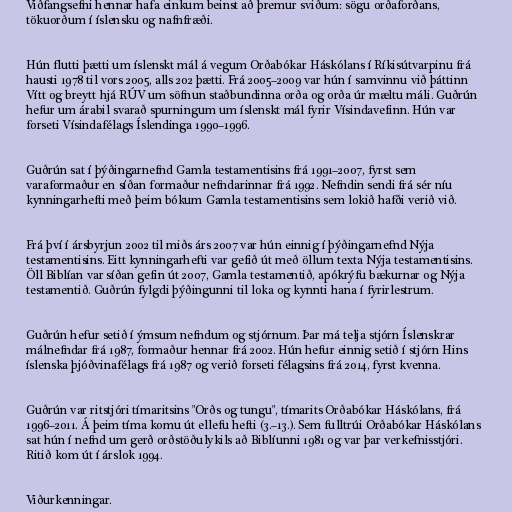
Viðfangsefni hennar hafa einkum beinst að þremur sviðum: sögu orðaforðans,
tökuorðum í íslensku og nafnfræði.

Hún flutti þætti um íslenskt mál á vegum Orðabókar Háskólans í Ríkisútvarpinu frá
hausti 1978 til vors 2005, alls 202 þætti. Frá 2005–2009 var hún í samvinnu við þáttinn
Vítt og breytt hjá RÚV um söfnun staðbundinna orða og orða úr mæltu máli. Guðrún
hefur um árabil svarað spurningum um íslenskt mál fyrir Vísindavefinn. Hún var
forseti Vísindafélags Íslendinga 1990–1996.

Guðrún sat í þýðingarnefnd Gamla testamentisins frá 1991–2007, fyrst sem
varaformaður en síðan formaður nefndarinnar frá 1992. Nefndin sendi frá sér níu
kynningarhefti með þeim bókum Gamla testamentisins sem lokið hafði verið við.

Frá því í ársbyrjun 2002 til miðs árs 2007 var hún einnig í þýðingarnefnd Nýja
testamentisins. Eitt kynningarhefti var gefið út með öllum texta Nýja testamentisins.
Öll Biblían var síðan gefin út 2007, Gamla testamentið, apókrýfu bækurnar og Nýja
testamentið. Guðrún fylgdi þýðingunni til loka og kynnti hana í fyrirlestrum.

Guðrún hefur setið í ýmsum nefndum og stjórnum. Þar má telja stjórn Íslenskrar
málnefndar frá 1987, formaður hennar frá 2002. Hún hefur einnig setið í stjórn Hins
íslenska þjóðvinafélags frá 1987 og verið forseti félagsins frá 2014, fyrst kvenna.

Guðrún var ritstjóri tímaritsins "Orðs og tungu", tímarits Orðabókar Háskólans, frá
1996–2011. Á þeim tíma komu út ellefu hefti (3.–13.). Sem fulltrúi Orðabókar Háskólans
sat hún í nefnd um gerð orðstöðulykils að Biblíunni 1981 og var þar verkefnisstjóri.
Ritið kom út í árslok 1994.

Viðurkenningar.